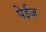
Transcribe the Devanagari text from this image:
पेईज